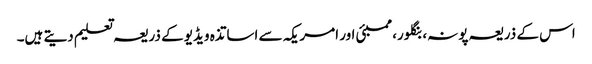
اس کے ذریعہ پونہ، بنگلور، ممبئی اور امریکہ سے اساتذہ ویڈیو کے ذریعہ تعلیم دیتے ہیں۔